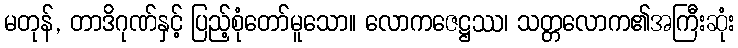
မတုန်, တာဒိဂုဏ်နှင့် ပြည့်စုံတော်မူသော။ လောကဇေဋ္ဌဿ၊ သတ္တလောက၏အကြီးဆုံး